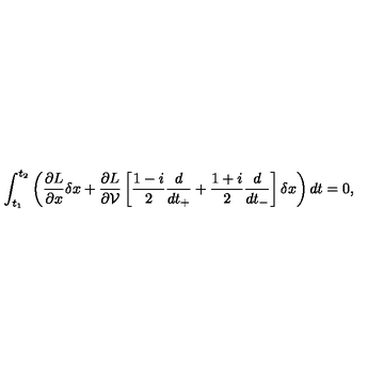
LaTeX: \int _ { t _ { 1 } } ^ { t _ { 2 } } \left( \frac { \partial L } { \partial x } \delta x + \frac { \partial L } { \partial { \cal V } } \left[ \frac { 1 - i } { 2 } \frac { d } { d t _ { + } } + \frac { 1 + i } { 2 } \frac { d } { d t _ { - } } \right] \delta x \right) d t = 0 ,